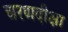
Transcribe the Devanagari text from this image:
चरणदीक्षा